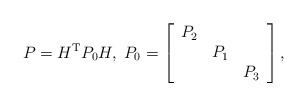
\begin{align*}P=H^{\mathrm{T}}P_{0}H,\;P_{0}=\left[\begin{array}[c]{ccc}P_{2} & & \\& P_{1} & \\& & P_{3}\end{array}\right] ,\end{align*}